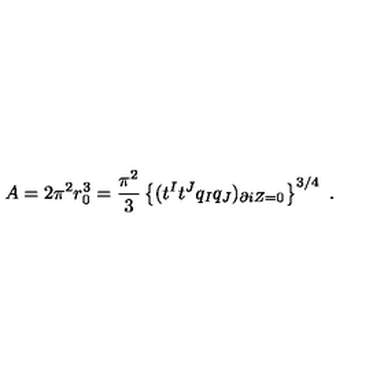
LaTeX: A = 2 \pi ^ { 2 } r _ { 0 } ^ { 3 } = { \frac { \pi ^ { 2 } } { 3 } } \left\{ ( t ^ { I } t ^ { J } q _ { I } q _ { J } ) _ { \partial i Z = 0 } \right\} ^ { 3 / 4 } \ .